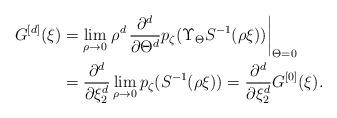
LaTeX: \begin{align*}G^{[d]}(\xi)&=\lim_{\rho\to0}\left.\rho^d\,\frac{\partial^d}{\partial\Theta^d}p_\zeta(\Upsilon_\Theta S^{-1}(\rho\xi))\right|_{\Theta=0}\\&=\frac{\partial^d}{\partial\xi_2^d}\lim_{\rho\to0}p_\zeta(S^{-1}(\rho\xi))=\frac{\partial^d}{\partial\xi_2^d}G^{[0]}(\xi).\end{align*}